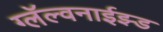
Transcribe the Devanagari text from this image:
ग्लॅल्वनाईझ्ड